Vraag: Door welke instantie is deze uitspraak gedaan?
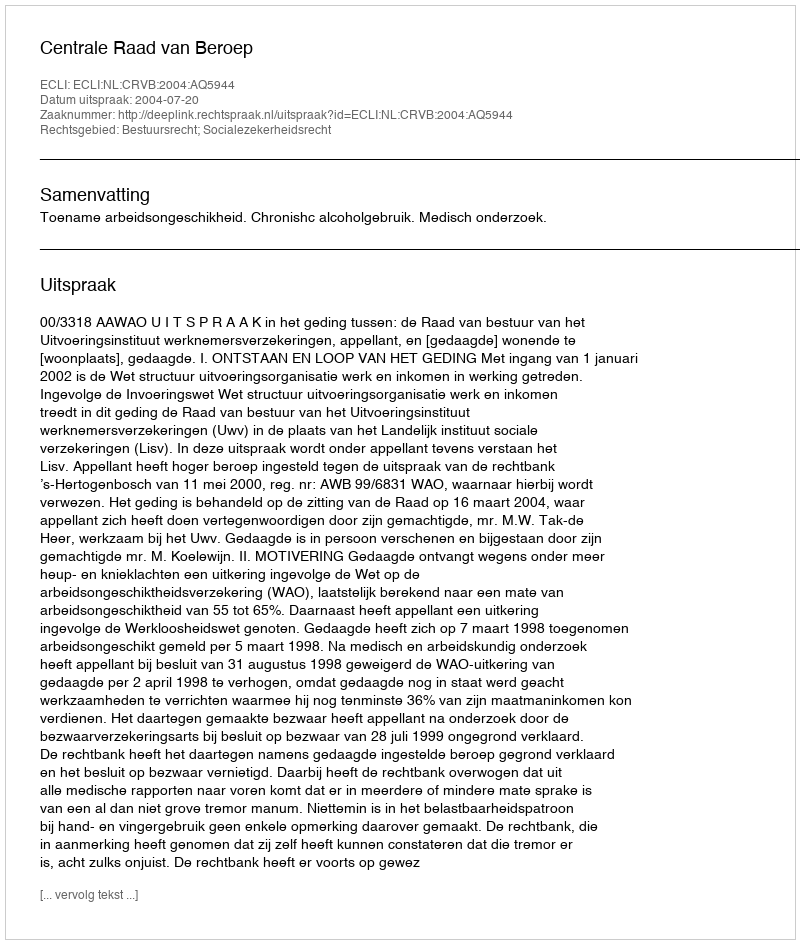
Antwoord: Centrale Raad van Beroep